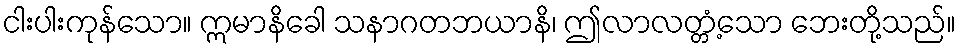
ငါးပါးကုန်သော။ ဣမာနိခေါ သနာဂတဘယာနိ၊ ဤလာလတ္တံ့သော ဘေးတို့သည်။